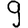
Digit: 9